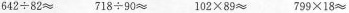
642÷82≈718÷90≈102×89≈799×18≈